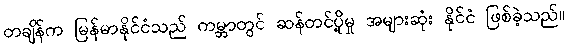
တချိန်က မြန်မာနိုင်ငံသည် ကမ္ဘာတွင် ဆန်တင်ပို့မှု အများဆုံး နိုင်ငံ ဖြစ်ခဲ့သည်။